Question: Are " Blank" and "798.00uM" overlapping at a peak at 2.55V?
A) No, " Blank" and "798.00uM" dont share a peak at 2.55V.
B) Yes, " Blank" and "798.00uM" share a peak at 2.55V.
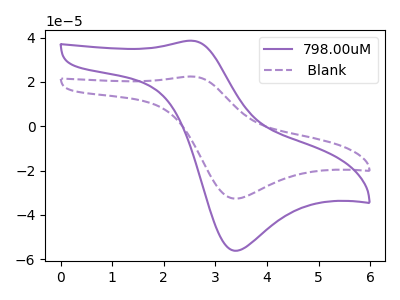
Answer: <think>The purple curve "798.00uM" has an anodic peak at (2.55V, 38.55uA) and a cathodic peak at (3.40V, -56.20uA). The purple dashed curve " Blank" has an anodic peak at (2.55V, 22.40uA) and a cathodic peak at (3.40V, -32.65uA).</think>
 <answer>B) Yes, " Blank" and "798.00uM" share a peak at 2.55V.</answer>
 <eval>B</eval>